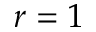
r = 1